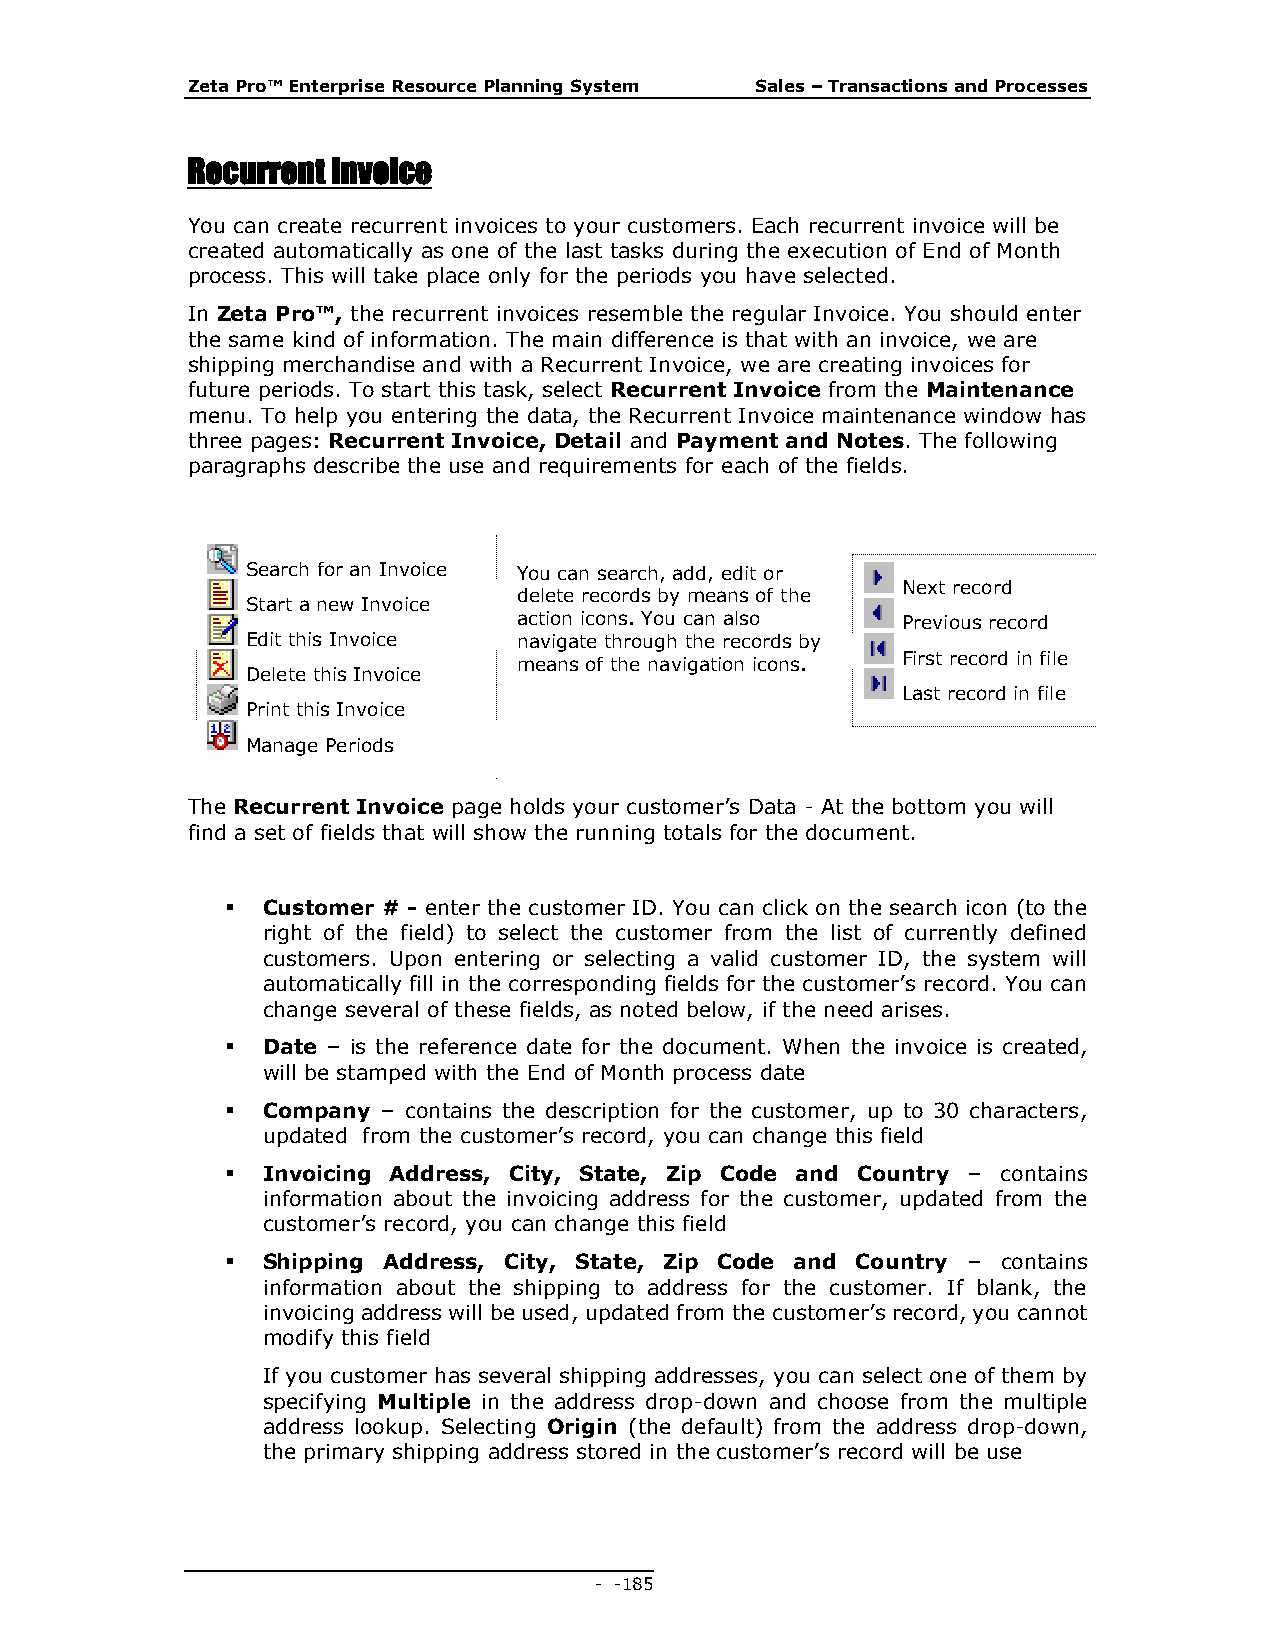
Zeta Pro™ Enterprise Resource Planning System Sales – Transactions and Processes
 Recurrent Invoice
 You can create recurrent invoices to your customers. Each recurrent invoice will be
 created automatically as one of the last tasks during the execution of End of Month
 process. This will take place only for the periods you have selected.
 In Zeta Pro™, the recurrent invoices resemble the regular Invoice. You should enter
 the same kind of information. The main difference is that with an invoice, we are
 shipping merchandise and with a Recurrent Invoice, we are creating invoices for
 future periods. To start this task, select Recurrent Invoice from the Maintenance
 menu. To help you entering the data, the Recurrent Invoice maintenance window has
 three pages: Recurrent Invoice, Detail and Payment and Notes. The following
 paragraphs describe the use and requirements for each of the fields.
 Search for an Invoice You can search, add, edit or
 Next record
 delete records by means of the
 Start a new Invoice
 action icons. You can also Previous record
 Edit this Invoice navigate through the records by
 means of the navigation icons. First record in file
 Delete this Invoice
 Last record in file
 Print this Invoice
 Manage Periods
 The Recurrent Invoice page holds your customer’s Data - At the bottom you will
 find a set of fields that will show the running totals for the document.
  Customer # - enter the customer ID. You can click on the search icon (to the
 right of the field) to select the customer from the list of currently defined
 customers. Upon entering or selecting a valid customer ID, the system will
 automatically fill in the corresponding fields for the customer’s record. You can
 change several of these fields, as noted below, if the need arises.
  Date – is the reference date for the document. When the invoice is created,
 will be stamped with the End of Month process date
  Company – contains the description for the customer, up to 30 characters,
 updated from the customer’s record, you can change this field
  Invoicing Address, City, State, Zip Code and Country – contains
 information about the invoicing address for the customer, updated from the
 customer’s record, you can change this field
  Shipping Address, City, State, Zip Code and Country – contains
 information about the shipping to address for the customer. If blank, the
 invoicing address will be used, updated from the customer’s record, you cannot
 modify this field
 If you customer has several shipping addresses, you can select one of them by
 specifying Multiple in the address drop-down and choose from the multiple
 address lookup. Selecting Origin (the default) from the address drop-down,
 the primary shipping address stored in the customer’s record will be use
 - - 185